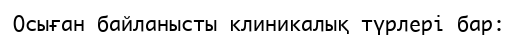
Осыған байланысты клиникалық түрлері бар: